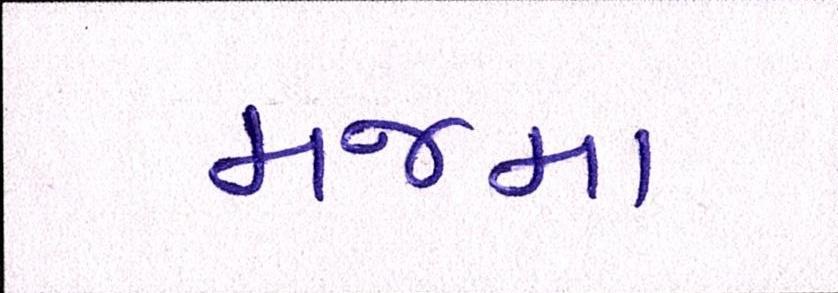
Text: મજમા